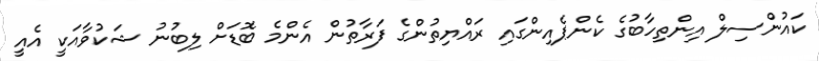
ކައުންސިލް އިންތިހާބުގެ ކެންޕެއިންގައި ރައްޔިތުންގެ ފަރާތުން އެންމެ ބޮޑަށް ލިބުނު ޝަކުވާއަކީ އެއީ